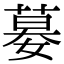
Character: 𡠜